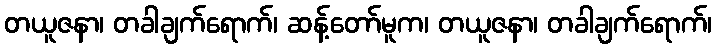
တယူဇနာ၊ တခါချက်ရောက်၊ ဆန့်တော်မူက၊ တယူဇနာ၊ တခါချက်ရောက်၊